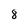
Character: 8